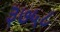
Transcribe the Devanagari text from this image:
३७५८